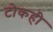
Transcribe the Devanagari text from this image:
टोकही